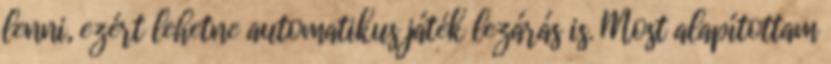
lenni, ezért lehetne automatikus játék lezárás is. Most alapítottam